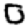
Digit: 0